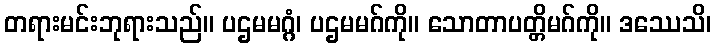
တရားမင်းဘုရားသည်။ ပဌမမဂ္ဂံ၊ ပဌမမဂ်ကို။ သောတာပတ္တိမဂ်ကို။ ဒဿေသိ၊